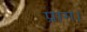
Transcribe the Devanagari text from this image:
प्राग।